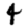
Digit: 4